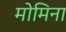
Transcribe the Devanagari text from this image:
मोमिना